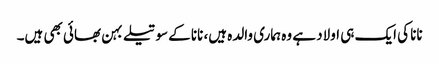
نانا کی ایک ہی اولاد ہے وہ ہماری والدہ ہیں، نانا کے سوتیلے بہن بھائی بھی ہیں۔